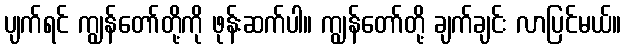
ပျက်ရင် ကျွန်တော်တို့ကို ဖုန်းဆက်ပါ။ ကျွန်တော်တို့ ချက်ချင်း လာပြင်မယ်။